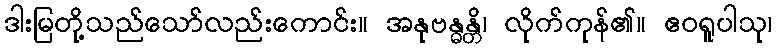
ဒါးမြတို့သည်သော်လည်းကောင်း။ အနုဗန္ဓန္တိ၊ လိုက်ကုန်၏။ ဧဝရူပါသု၊